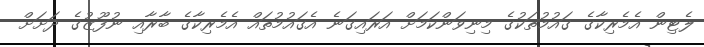
ލެޓިން އެމެރިކާގެ ގައުމުތަކުގެ މިނިވަންކަމަށް އަރައިގަނެ އެގައުމުތައް އެމެރިކާގެ ބާރާއި ނުފޫޒުގެ ދަށަށް